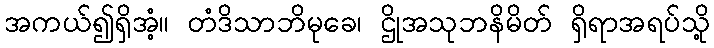
အကယ်၍ရှိအံ့။ တံဒိသာဘိမုခေ၊ ဌိုအသုဘနိမိတ် ရှိရာအရပ်သို့